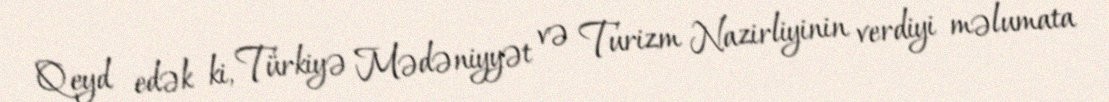
Qeyd edək ki, Türkiyə Mədəniyyət və Turizm Nazirliyinin verdiyi məlumata